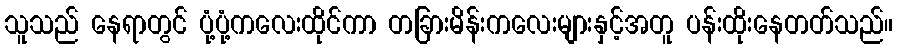
သူသည် နေရာတွင် ပုံ့ပုံ့ကလေးထိုင်ကာ တခြားမိန်းကလေးများနှင့်အတူ ပန်းထိုးနေတတ်သည်။